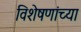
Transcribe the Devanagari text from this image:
विशेषणांच्या